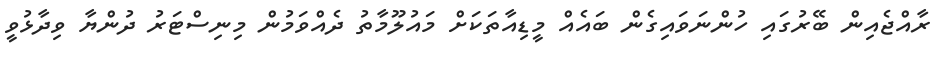
ރާއްޖެއިން ބޭރުގައި ހުންނަވައިގެން ބައެއް މީޑިއާތަކަށް މައުލޫމާތު ދެއްވަމުން މިނިސްޓަރު ދުންޔާ ވިދާޅުވީ